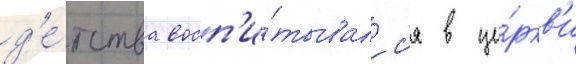
д'е́тства восп'и́тывалс'я в це́ркв'и